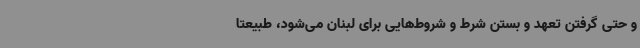
و حتی گرفتن تعهد و بستن شرط و شروط‌هایی برای لبنان می‌شود، طبیعتا